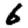
Digit: 6